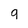
Character: g